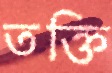
তক্তি